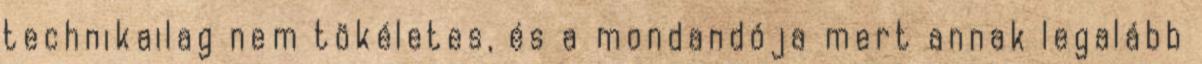
technikailag nem tökéletes, és a mondandója mert annak legalább